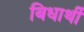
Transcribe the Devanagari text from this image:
बिधार्थी